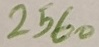
Text: 2560